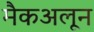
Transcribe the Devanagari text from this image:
मैकअलून